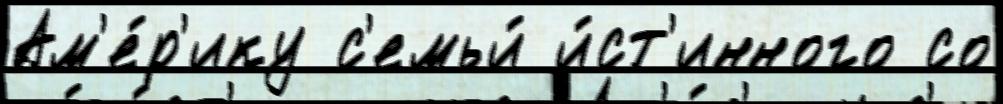
Ам'е́р'ику с'емьи́ и́ст'инного со